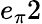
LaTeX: e_{\pi}2